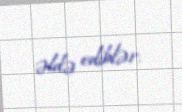
əldə ediblər.